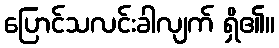
ပြောင်သလင်းခါလျက် ရှိ၏။